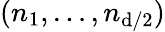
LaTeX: (n_{1},\ldots,n_{\mathrm{d}/2})